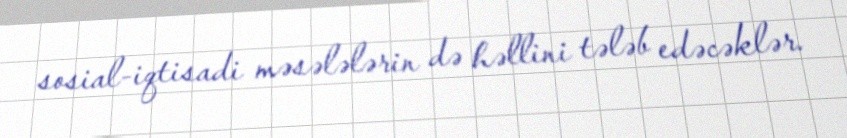
sosial-iqtisadi məsələlərin də həllini tələb edəcəklər.